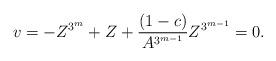
LaTeX: \begin{align*} v= -Z^{3^m}+Z+\frac{(1-c)}{A^{3^{m-1}}} Z^{3^{m-1}}=0. \end{align*}